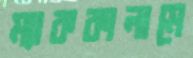
ম্যাককালামে